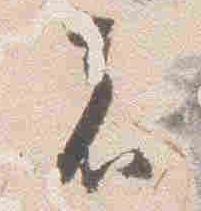
者